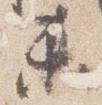
未